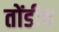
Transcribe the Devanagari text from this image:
तोंडीच